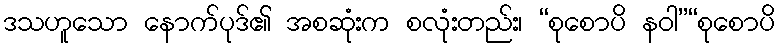
ဒသဟူသော နောက်ပုဒ်၏ အစဆုံးက စလုံးတည်း၊ “စုစောပိ နဝါ”“စုစောပိ